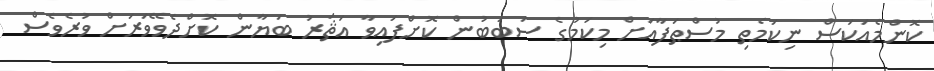
ކޮންމެއަކަސް ނިކަމެތި މުސްޠަފާއަށް މިކަމުގެ ސަބަބުން ކޮށްފައިވާ އަޘަރު ބަޔާން ކޮށްދެވޭވަރަށް ވުރެވެސް